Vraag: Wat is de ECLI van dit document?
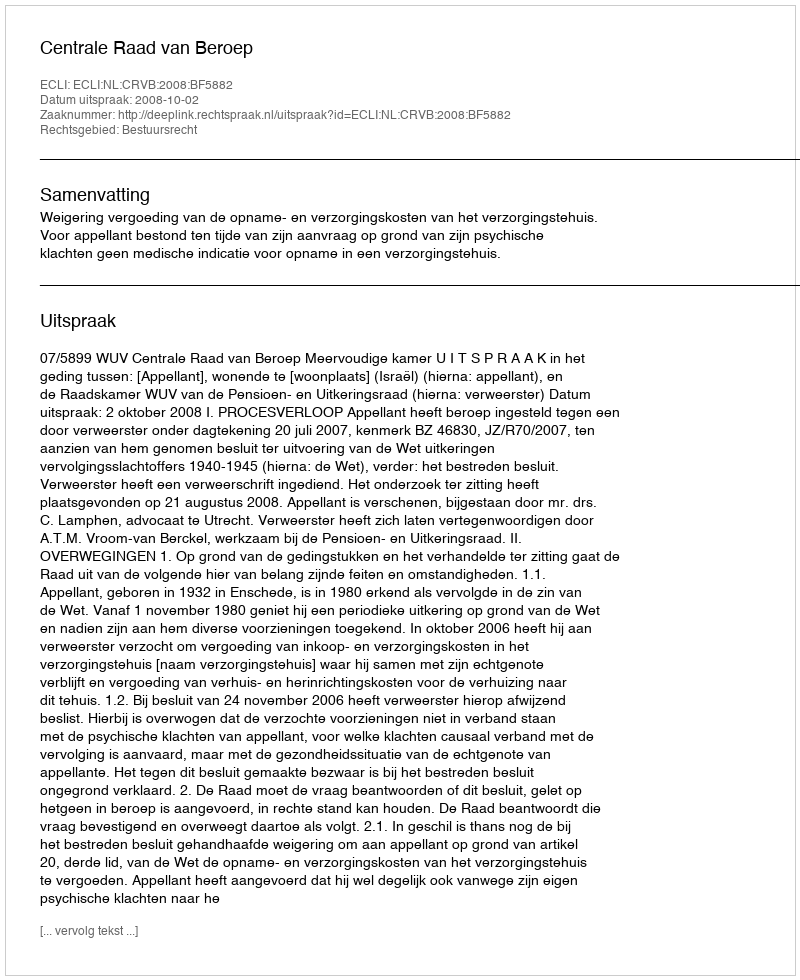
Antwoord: ECLI:NL:CRVB:2008:BF5882